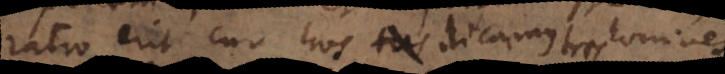
ratio erit cur hos dicamus tres homines,